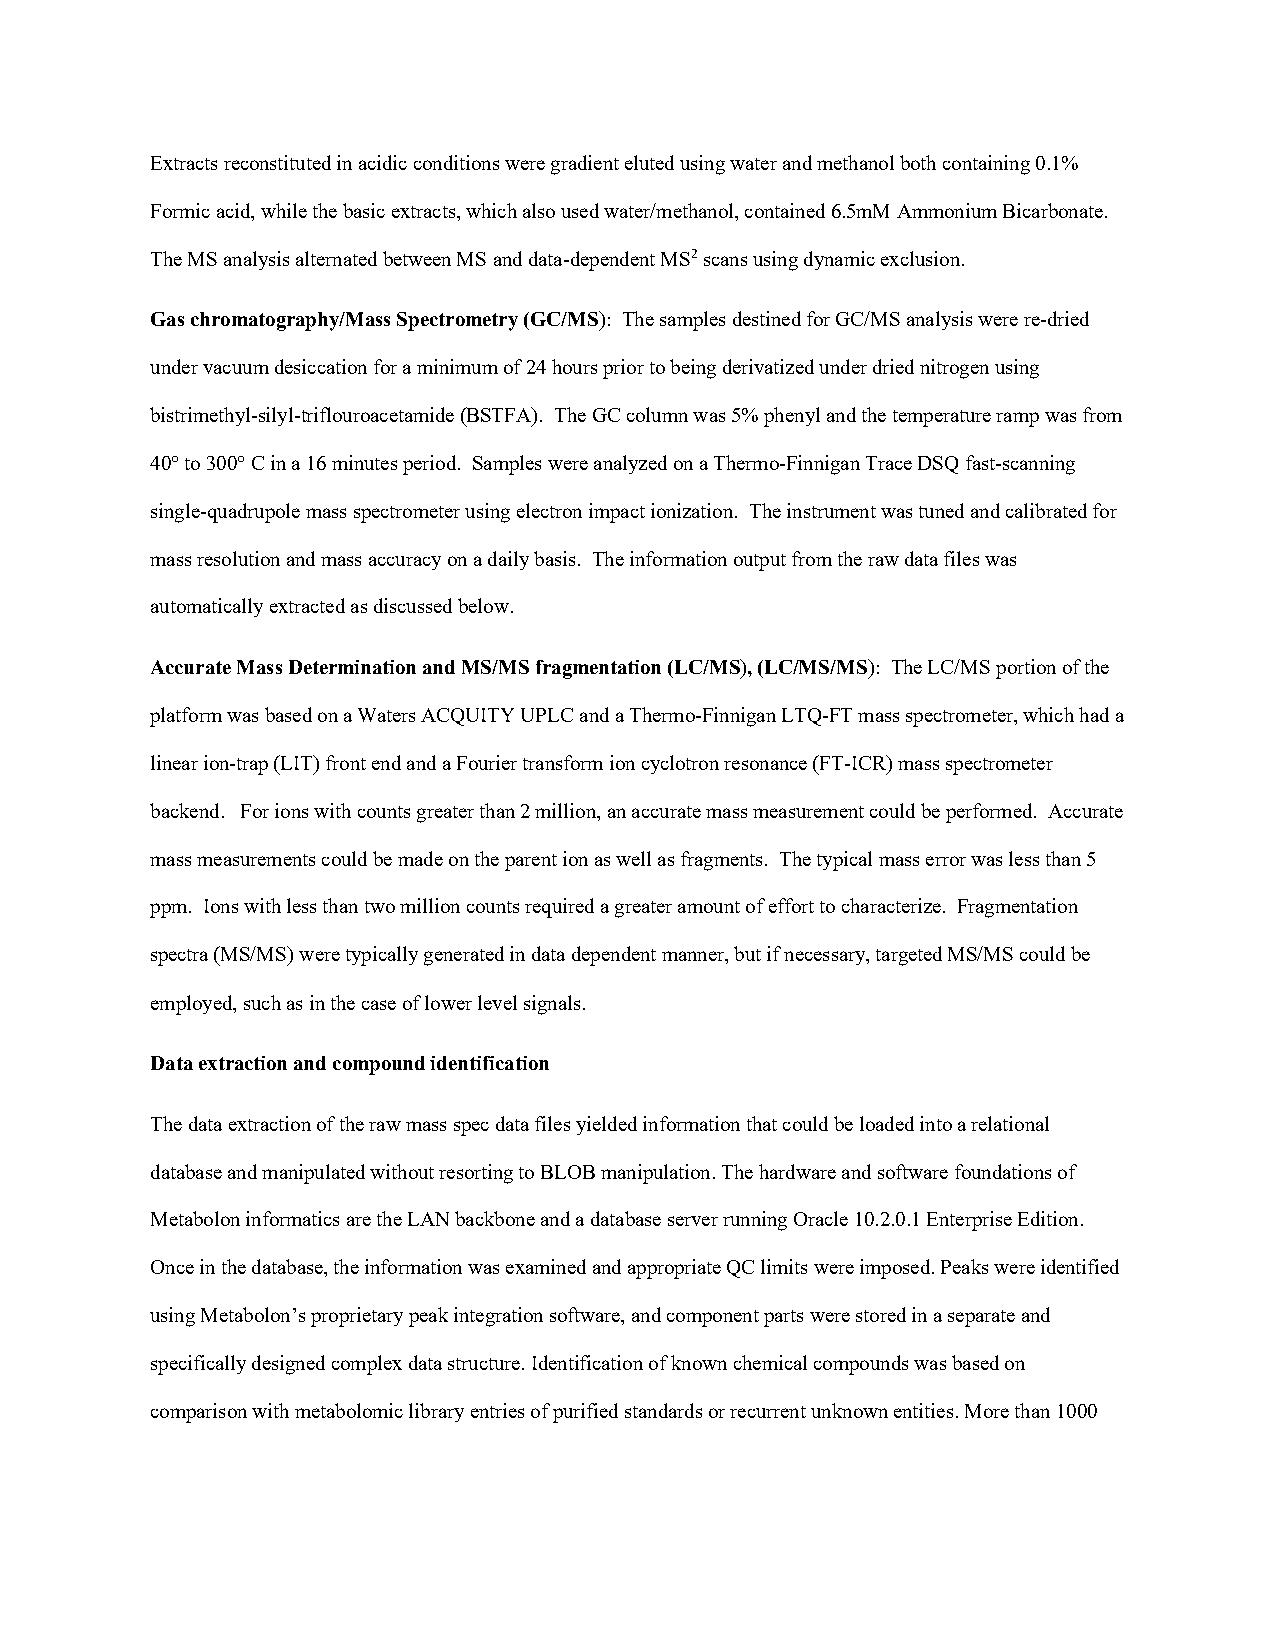
Extracts reconstituted in acidic conditions were gradient eluted using water and methanol both containing 0.1%
 Formic acid, while the basic extracts, which also used water/methanol, contained 6.5mM Ammonium Bicarbonate.
 The MS analysis alternated between MS and data-dependent MS2 scans using dynamic exclusion.
 Gas chromatography/Mass Spectrometry (GC/MS): The samples destined for GC/MS analysis were re-dried
 under vacuum desiccation for a minimum of 24 hours prior to being derivatized under dried nitrogen using
 bistrimethyl-silyl-triflouroacetamide (BSTFA). The GC column was 5% phenyl and the temperature ramp was from
 40° to 300° C in a 16 minutes period. Samples were analyzed on a Thermo-Finnigan Trace DSQ fast-scanning
 single-quadrupole mass spectrometer using electron impact ionization. The instrument was tuned and calibrated for
 mass resolution and mass accuracy on a daily basis. The information output from the raw data files was
 automatically extracted as discussed below.
 Accurate Mass Determination and MS/MS fragmentation (LC/MS), (LC/MS/MS): The LC/MS portion of the
 platform was based on a Waters ACQUITY UPLC and a Thermo-Finnigan LTQ-FT mass spectrometer, which had a
 linear ion-trap (LIT) front end and a Fourier transform ion cyclotron resonance (FT-ICR) mass spectrometer
 backend. For ions with counts greater than 2 million, an accurate mass measurement could be performed. Accurate
 mass measurements could be made on the parent ion as well as fragments. The typical mass error was less than 5
 ppm. Ions with less than two million counts required a greater amount of effort to characterize. Fragmentation
 spectra (MS/MS) were typically generated in data dependent manner, but if necessary, targeted MS/MS could be
 employed, such as in the case of lower level signals.
 Data extraction and compound identification
 The data extraction of the raw mass spec data files yielded information that could be loaded into a relational
 database and manipulated without resorting to BLOB manipulation. The hardware and software foundations of
 Metabolon informatics are the LAN backbone and a database server running Oracle 10.2.0.1 Enterprise Edition.
 Once in the database, the information was examined and appropriate QC limits were imposed. Peaks were identified
 using Metabolon’s proprietary peak integration software, and component parts were stored in a separate and
 specifically designed complex data structure. Identification of known chemical compounds was based on
 comparison with metabolomic library entries of purified standards or recurrent unknown entities. More than 1000